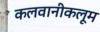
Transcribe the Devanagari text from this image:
कलवानीकलूम